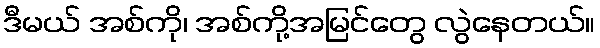
ဒီမယ် အစ်ကို၊ အစ်ကို့အမြင်တွေ လွဲနေတယ်။